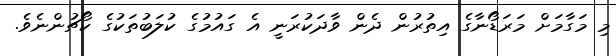
މި މަގާމަށް މަރަޑޯނާގެ އިތުރުން ދެން ވާދަކުރަނީ އެ ގައުމުގެ ކުލަބުތަކުގެ ކޯޗުންނެވެ.